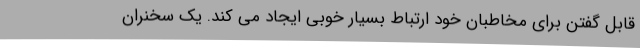
قابل گفتن برای مخاطبان خود ارتباط بسیار خوبی ایجاد می کند. یک سخنران